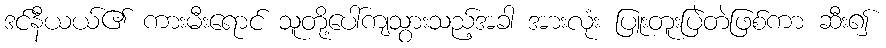
ဒင်နီယယ်၏ ကားမီးရောင် သူတို့ပေါ်ကျသွားသည့်အခါ အားလုံး ပြူးတူးပြဲတဲဖြစ်ကာ ဆီး၍